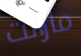
مازالت